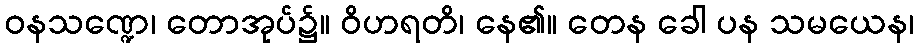
ဝနသဏ္ဍေ၊ တောအုပ်၌။ ဝိဟရတိ၊ နေ၏။ တေန ခေါ ပန သမယေန၊